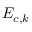
E _ { c , k }